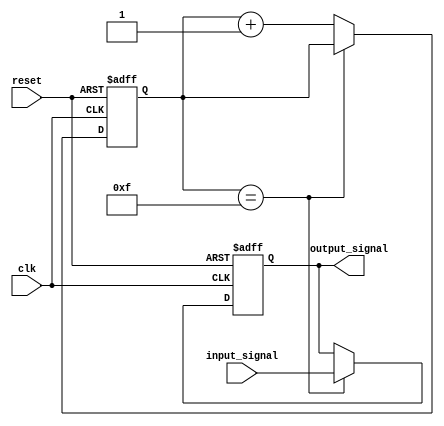
module rc_delay(
    input wire clk,
    input wire reset,
    input wire input_signal,
    output reg output_signal
);

reg [3:0] delay_counter;

always @(posedge clk or posedge reset) begin
    if (reset) begin
        delay_counter <= 4'b0000;
        output_signal <= 1'b0;
    end else begin
        if (delay_counter == 4'b1111) begin
            output_signal <= input_signal;
        end else begin
            delay_counter <= delay_counter + 1;
        end
    end
end

endmodule